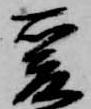
爰